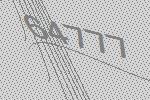
64777